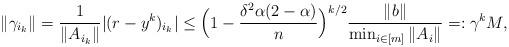
LaTeX: \begin{align*} \|\gamma_{i_{k}}\| = \frac{1}{\|A_{i_{k}}\|} |(r-y^{k})_{i_{k}}|\leq \Big(1-\frac{\delta^{2} \alpha (2 - \alpha)}{n}\Big)^{k/2} \frac{\|b\|}{\min_{i \in [m]} \|A_{i}\|} =: \gamma^{k} M,\end{align*}